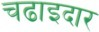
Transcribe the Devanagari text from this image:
चढाइदार